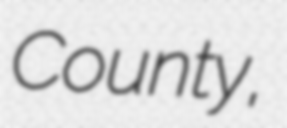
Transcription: County,